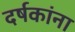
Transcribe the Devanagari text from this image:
दर्षकांना